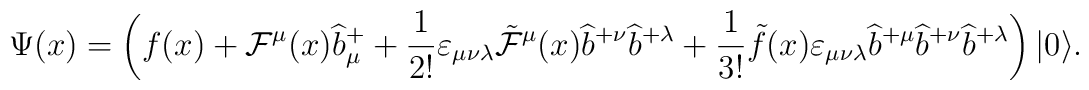
\Psi(x) = \left( f(x) + {\cal F}^\mu(x) \widehat{b}_\mu^+ + \frac{1}{2!} \varepsilon_{\mu\nu\lambda} {\tilde{\cal F}}^\mu(x) \widehat{b}^{+\nu} \widehat{b}^{+\lambda} + \frac{1}{3!} \tilde{f}(x) \varepsilon_{\mu\nu\lambda}\widehat{b}^{+\mu} \widehat{b}^{+\nu} \widehat{b}^{+\lambda} \right) |0\rangle.